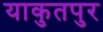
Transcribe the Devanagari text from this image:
याकुतपुर